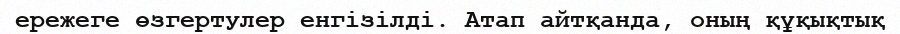
ережеге өзгертулер енгізілді. Атап айтқанда, оның құқықтық